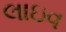
લાઇવ